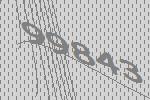
99843